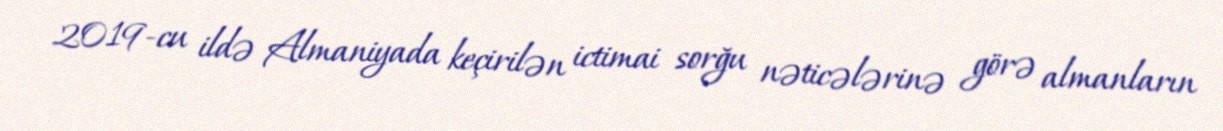
2019-cu ildə Almaniyada keçirilən ictimai sorğu nəticələrinə görə almanların